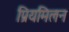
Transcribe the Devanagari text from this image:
प्रियमिलन